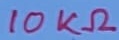
Text: 10KΩ